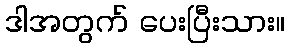
ဒါအတွက် ပေးပြီးသား။